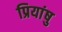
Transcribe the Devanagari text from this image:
प्रियांषु